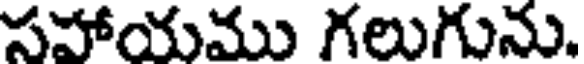
సహాయము గలుగును.